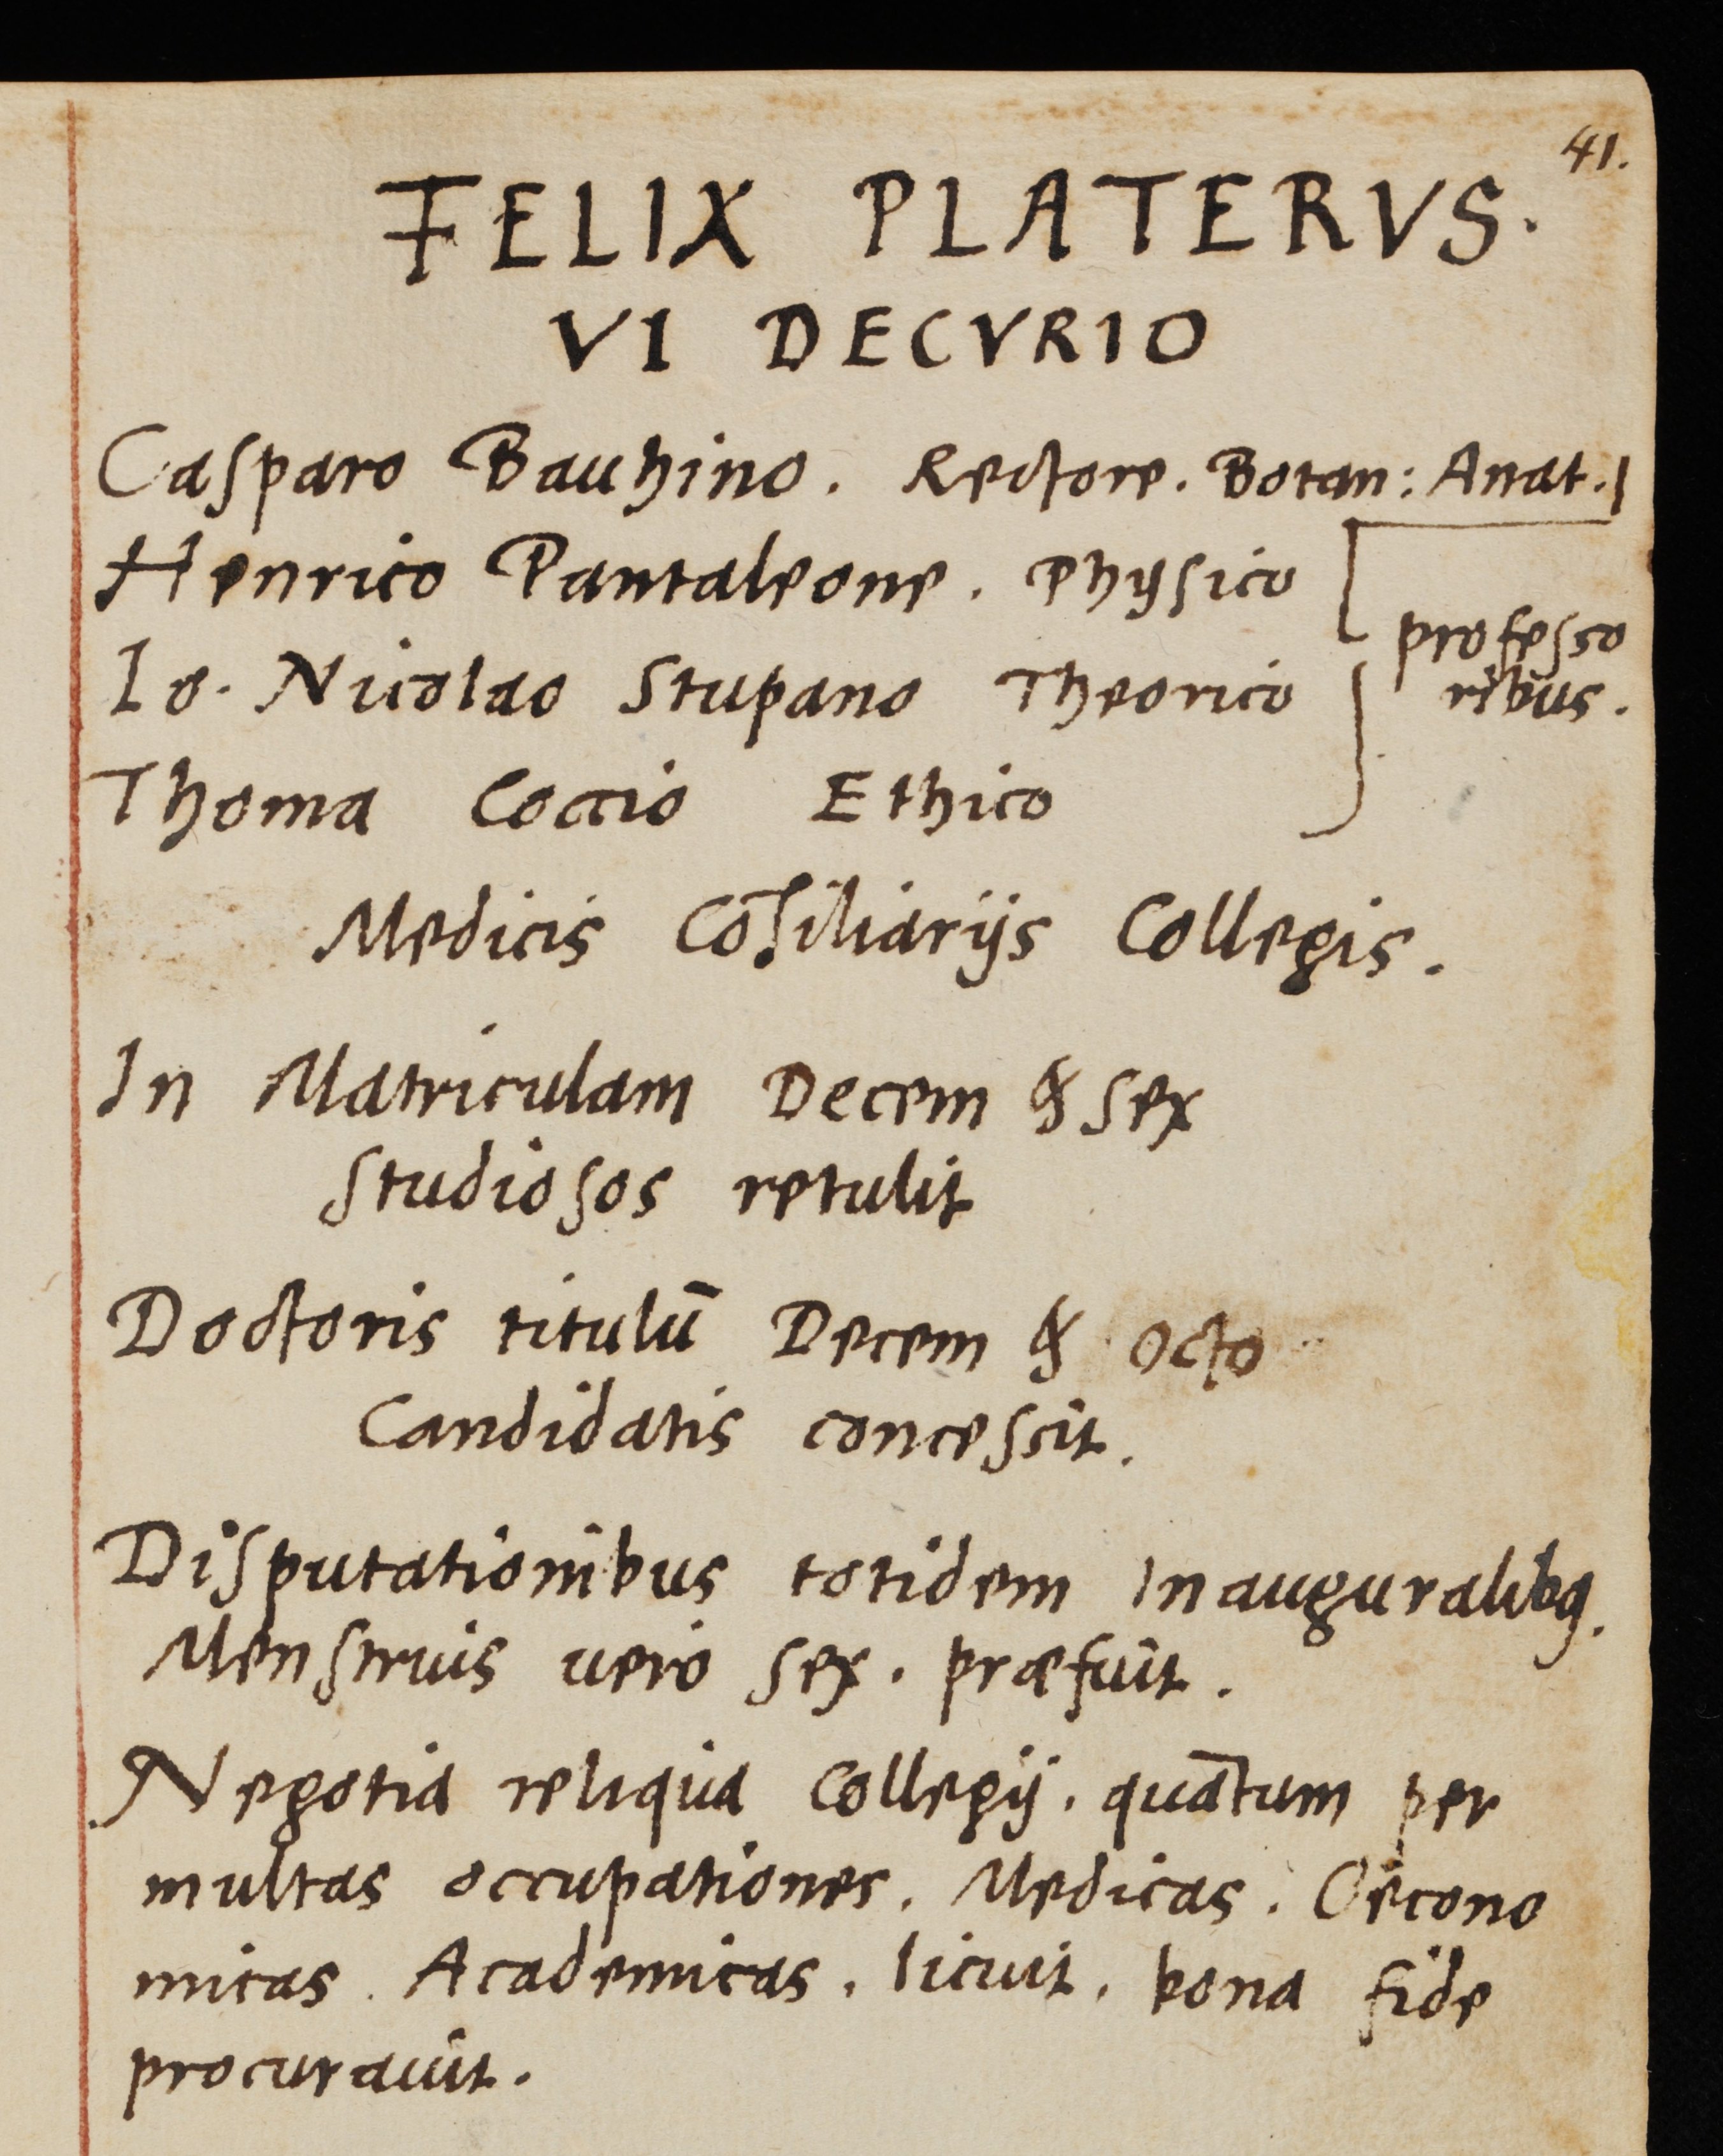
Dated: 1559–1800